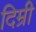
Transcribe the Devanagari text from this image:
दिम्री